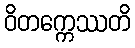
ဝိတက္ကေဿတိ